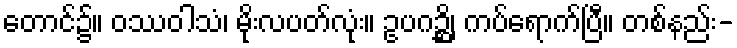
တောင်၌။ ဝဿဝါသံ၊ မိုးလပတ်လုံး။ ဥပဂဉ္ဆိ၊ ကပ်ရောက်ပြီ။ တစ်နည်း-